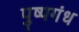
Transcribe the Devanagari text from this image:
पुष्पगंध